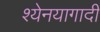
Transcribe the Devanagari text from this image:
श्येनयागादी